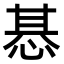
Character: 惎